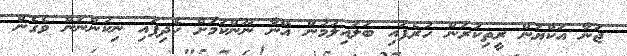
ޖަނާ އަކްޔަން ރީތިކުރަން ހުރެފައި ބަލައިލުމުން އޭނާ ނޫންކަމަށް ހެދިފައި ނިކުންނަން ވެގެން